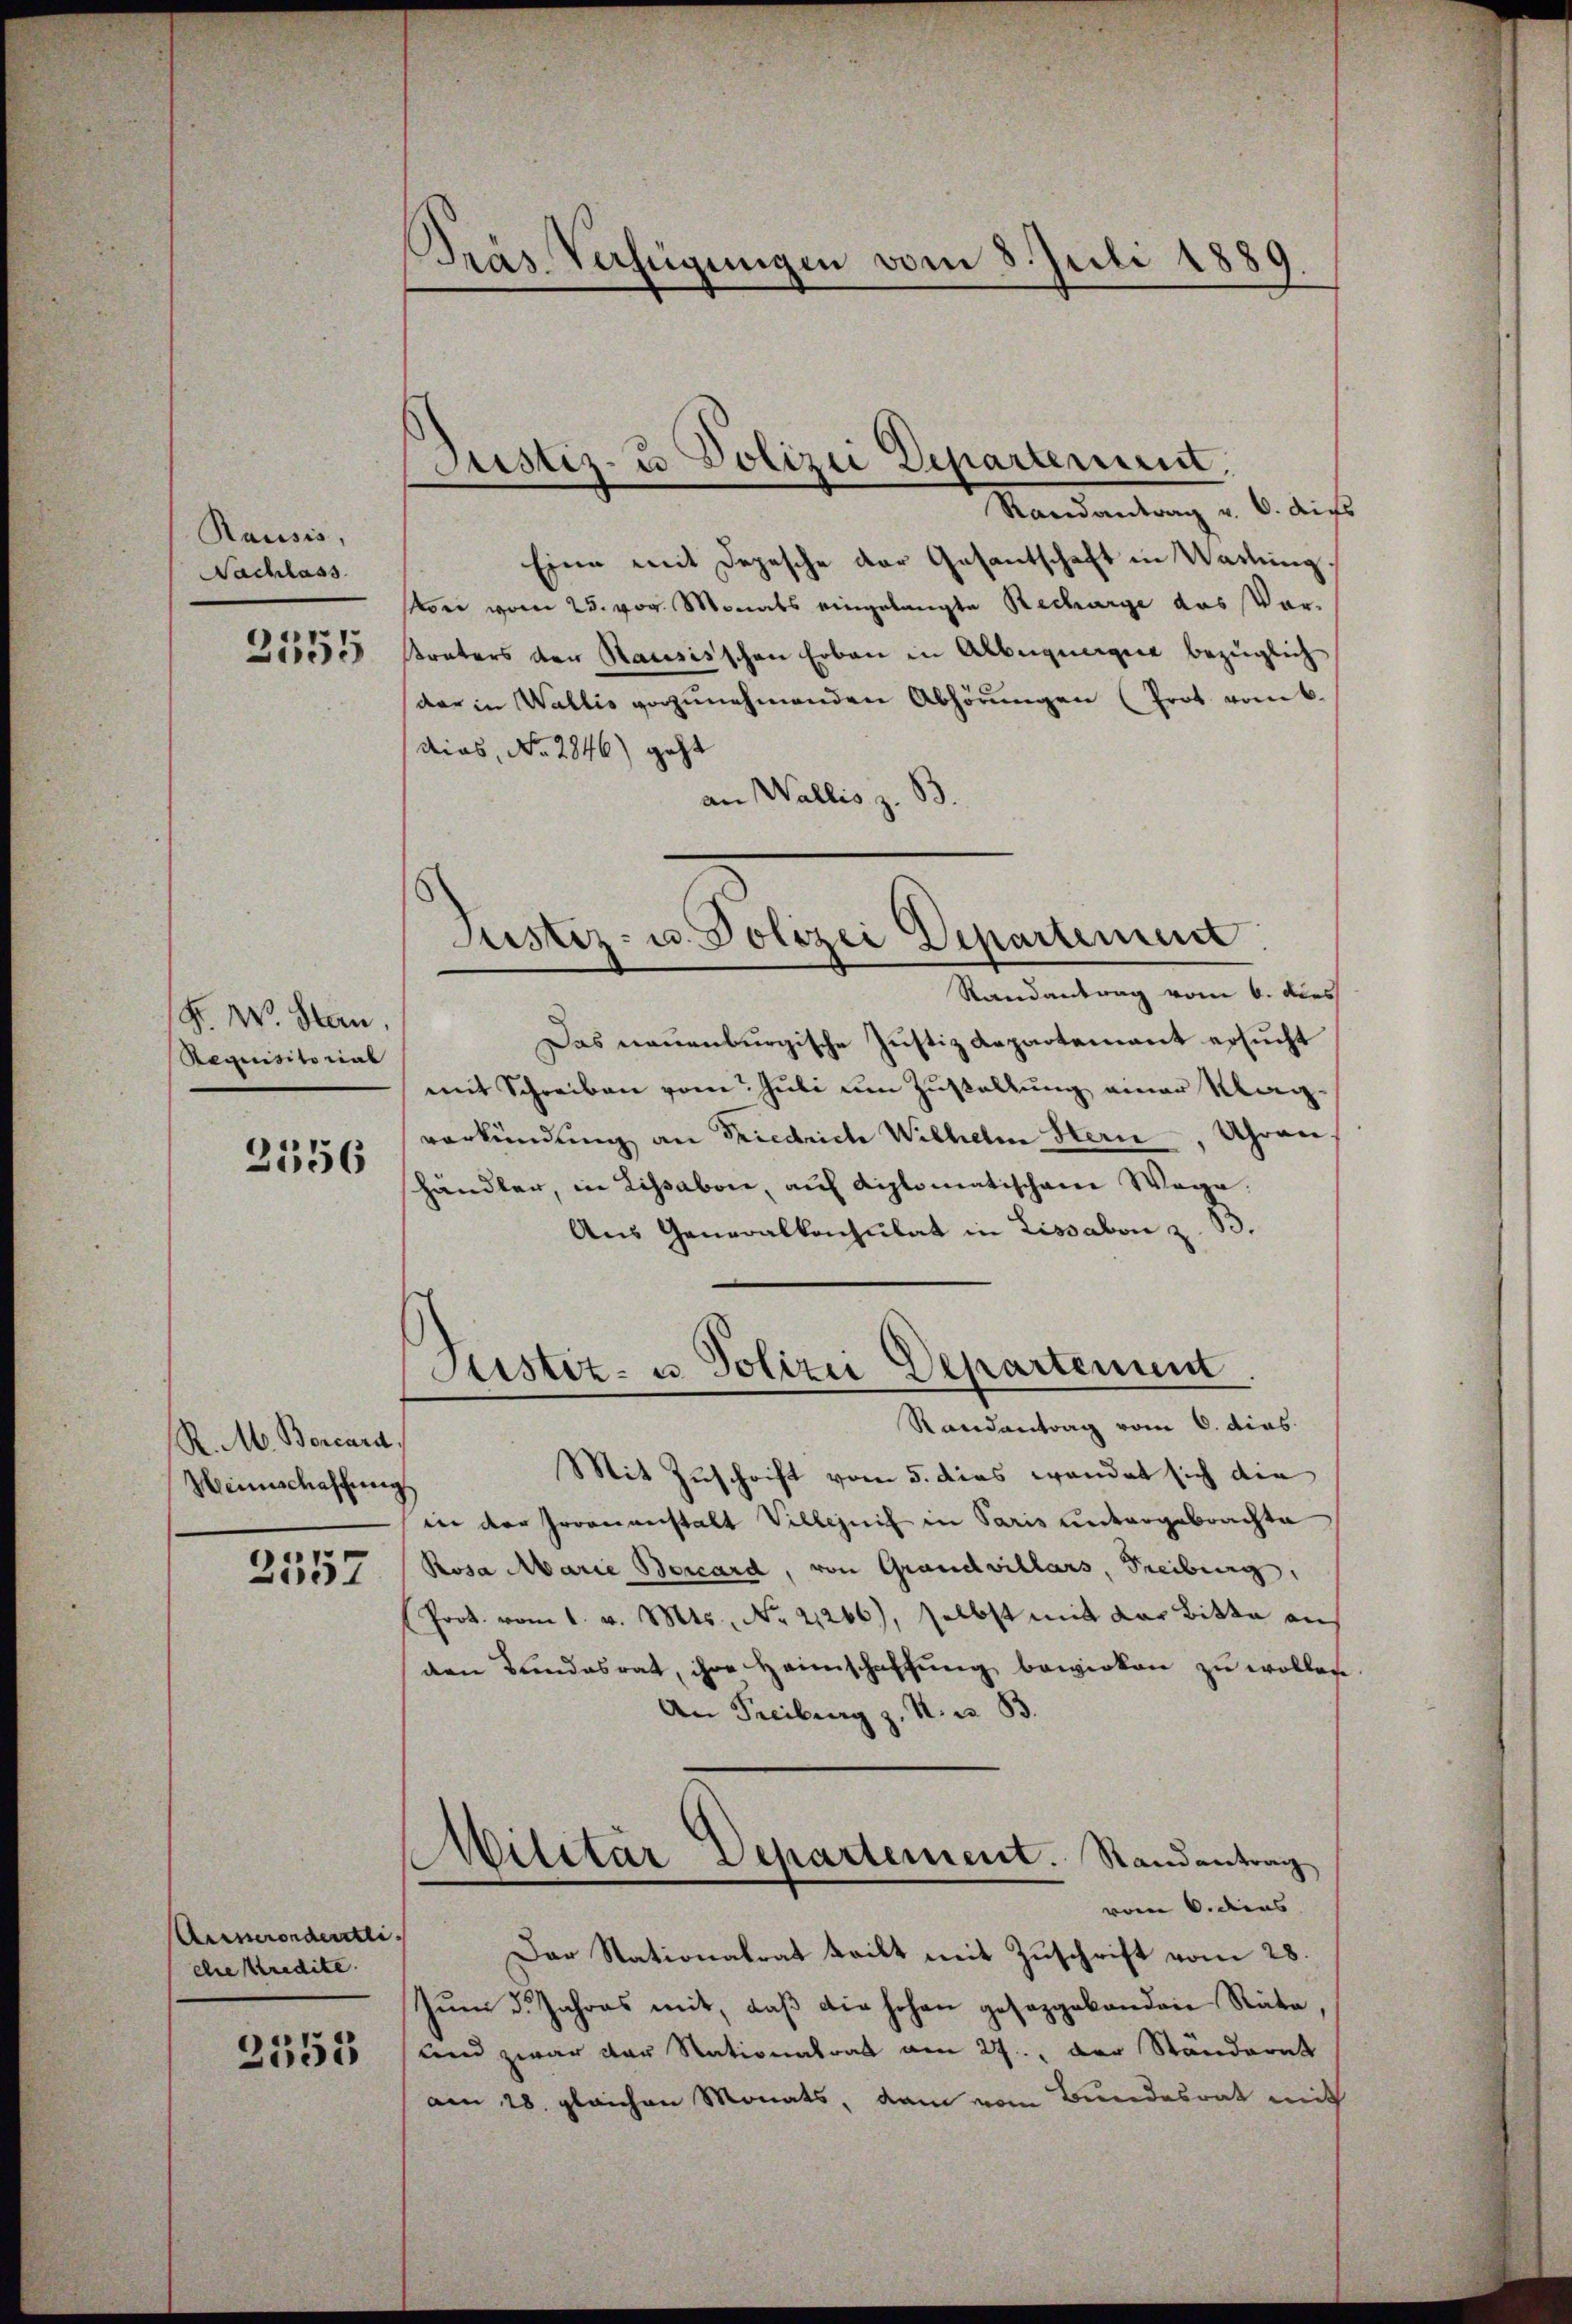
Rausis,
Nachlass
2555

F. W. Stan
Requisitorial

2356

R. M. Borcard,
Weinschaffung
2557

Anmerordentli
die Kredite.
2555

Dräs Verfügungen vom 8. Juli 1889

Justiz- u. Polizei Departement.
Mandantung u. 6. dieß

Eine mit Depesche der Gesantschaft in Wattung
oni vom 25. vor. Monats eingelangte Recharge das Vor-
Kraters der Rausisschen Erben in Alberguage bezüglich
dar in Wallis vorzunehmenden Abhörungen (Prot vom 6.
dias, No. 2846) geht
an Wallis z. B.

Justiz- u. Polizei Departement
Randantrag vom 6. dies

Justiz- u. Polizei Departement
Randantrag vom 6. dies

Das neuenburgische Justiz Repartement ersucht
mit Schreiben vom Juli um Zustellung einer Magverkündung an Friedrich Wilhelm Stern, Uhren,
shändlen, in Lissabon, auf diplomatischem Wege.
Aus Generalkonsulat in Lissabon z. 33.

Mit Zuschrift vom 5. dies wendet sich die
ien der Groonanstalt Villezeich in Paris untergebrachte
Rosa Marie Bercard, von Grandvillars, Freiburg,
Prot. vom 1. v. Mts., No 21266), selbst mit der Bitte aus
den Bundesrat, ihre Heimschaffung bewirken zu wollen
An Freiburg z. R. i. B.
Militar Departement. Randantrag
vom 6. diens
Der Stationalrat teilt mit Zuschrift vom 28.
Zum 5. Jahres mit, daß die hohen gesaggebanden Rata
und zwar der Stationalrat am 27.., der Ständerat
am 28. gleichen Monats, dam vom Bundesrat mit